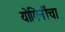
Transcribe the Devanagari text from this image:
योगिनींचा